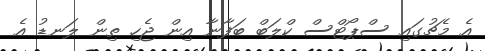
އެ މެޗުގައި ސްޕޯޓްސް ކްލަބް ބަފާނާ އިން ޖެހި ތިން ލަނޑު އެ